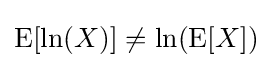
\operatorname {E} [\ln(X)]\neq \ln(\operatorname {E} [X])